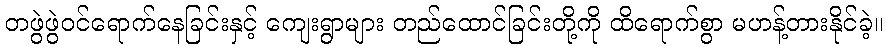
တဖွဲဖွဲဝင်ရောက်နေခြင်းနှင့် ကျေးရွာများ တည်ထောင်ခြင်းတို့ကို ထိရောက်စွာ မဟန့်တားနိုင်ခဲ့။